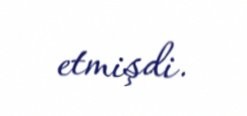
etmişdi.